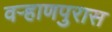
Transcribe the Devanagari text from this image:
वऱ्हाणपुरास